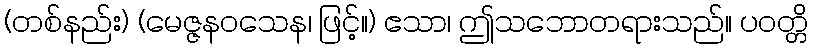
(တစ်နည်း) (မေဇ္ဇနဝသေန၊ ဖြင့်။) ဧသာ၊ ဤသဘောတရားသည်။ ပဝတ္တိ